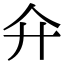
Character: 𢌯